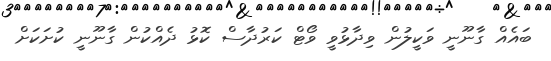
ބައެއް ގާނޫނީ ވަކީލުން ވިދާޅުވީ ވޯޓް ކަރުދާސް ކޮޅު ދެއްކުން ގާނޫނީ ކުށަކަށް